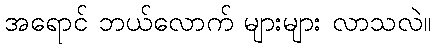
အရောင် ဘယ်လောက် များများ လာသလဲ။